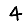
Digit: 4